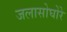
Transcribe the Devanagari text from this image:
जलासोघोरे